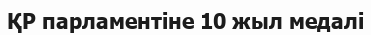
ҚР парламентіне 10 жыл медалі